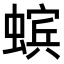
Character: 𧏖